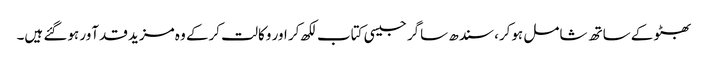
بھٹو کے ساتھ شامل ہوکر، سندھ ساگر جیسی کتاب لکھ کر اور وکالت کرکے وہ مزید قدآور ہوگئے ہیں۔